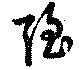
強